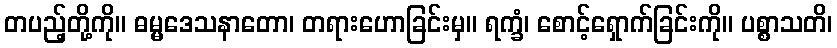
တပည့်တို့ကို။ ဓမ္မဒေသနာတော၊ တရားဟောခြင်းမှ။ ရက္ခံ၊ စောင့်ရှောက်ခြင်းကို။ ပစ္စာသတိ၊